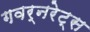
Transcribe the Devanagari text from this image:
गवर्नरेट्स